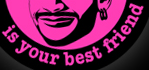
is your best friend